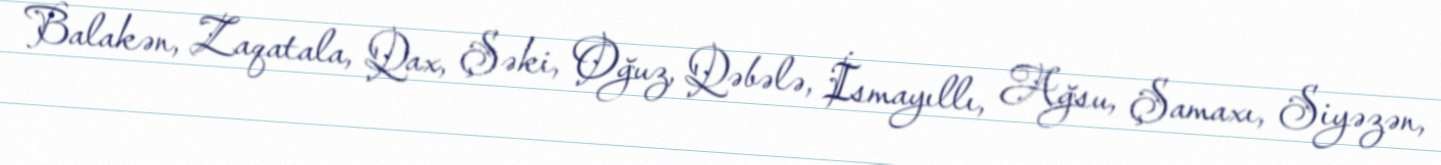
Balakən, Zaqatala, Qax, Şəki, Oğuz, Qəbələ, İsmayıllı, Ağsu, Şamaxı, Siyəzən,